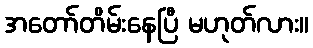
အတော်တိမ်းနေပြီ မဟုတ်လား။